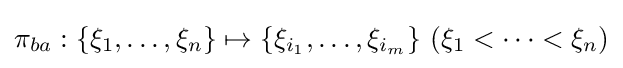
\pi _{ba}:\{\xi _{1},\dots ,\xi _{n}\}\mapsto \{\xi _{i_{1}},\dots ,\xi _{i_{m}}\}\ (\xi _{1}<\dots <\xi _{n})